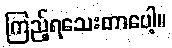
ကြည့်ရသေးတာပေါ့။